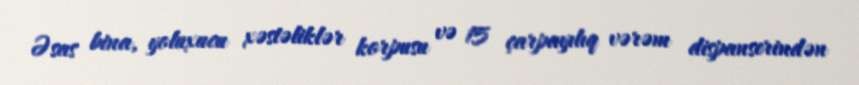
Əsas bina, yoluxucu xəstəliklər korpusu və 15 çarpayılıq vərəm dispanserindən